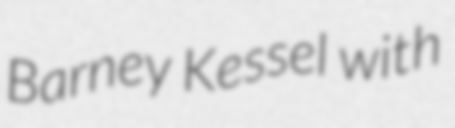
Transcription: Barney Kessel with